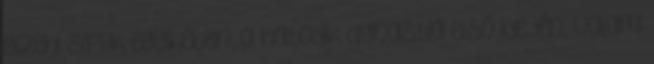
gizehi sírok egyikében, a hatodik dynastia első idején, valami